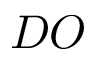
D O